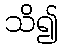
သိ၍